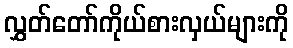
လွှတ်တော်ကိုယ်စားလှယ်များကို